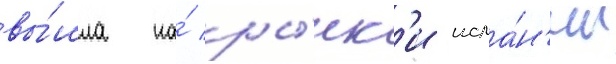
вы́шла на́ ры́нк'и испа́н'ии